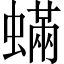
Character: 蟎